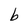
Character: b